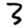
Digit: 3